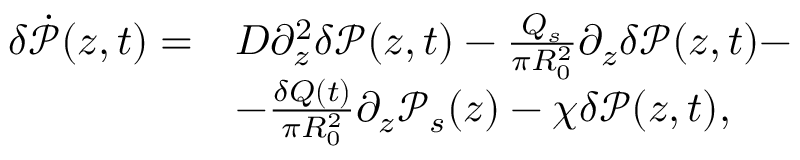
\begin{array} { r l } { \delta \dot { \mathcal { P } } ( z , t ) = } & { D \partial _ { z } ^ { 2 } \delta \mathcal { P } ( z , t ) - \frac { Q _ { s } } { \pi R _ { 0 } ^ { 2 } } \partial _ { z } \delta \mathcal { P } ( z , t ) - } \\ & { - \frac { \delta Q ( t ) } { \pi R _ { 0 } ^ { 2 } } \partial _ { z } \mathcal { P } _ { s } ( z ) - \chi \delta \mathcal { P } ( z , t ) , } \end{array}